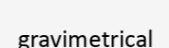
gravimetrical